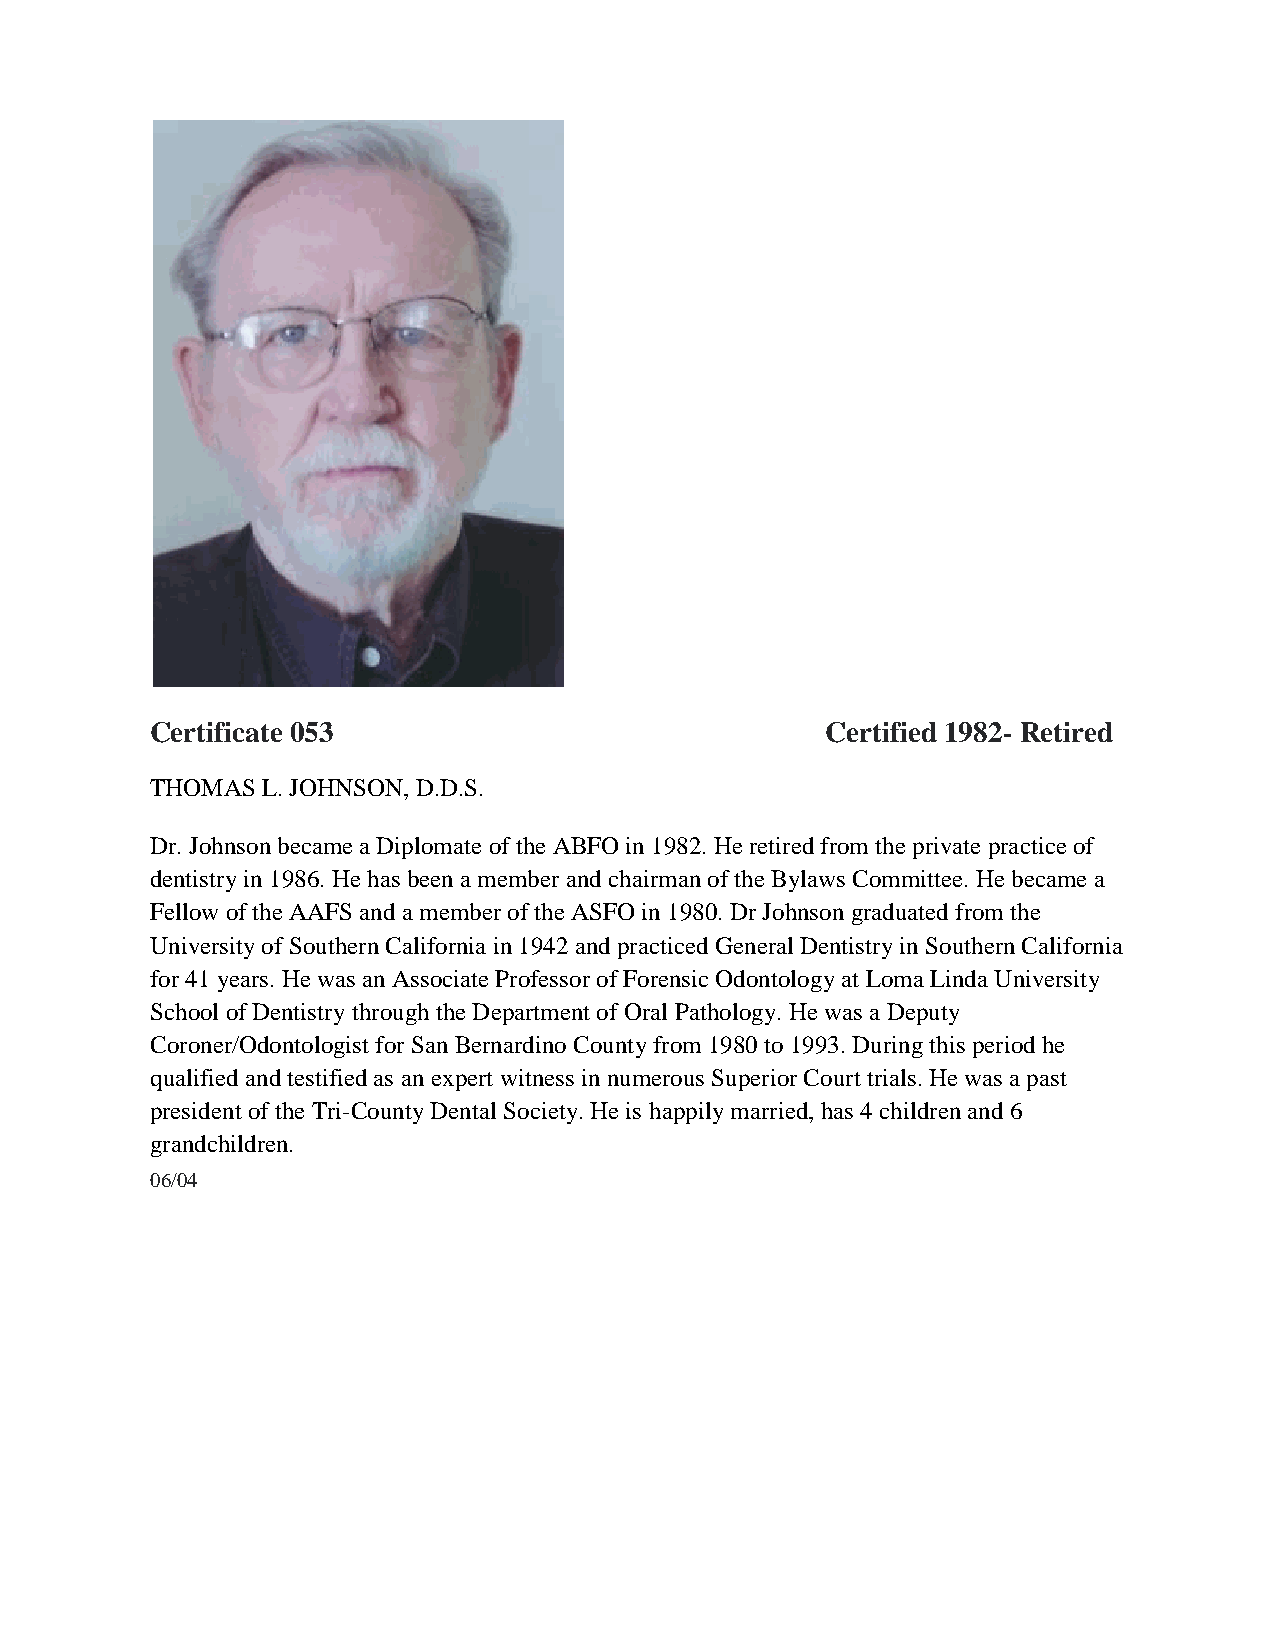
Certificate 053                              Certified 1982- Retired
 THOMAS L. JOHNSON, D.D.S.
 Dr. Johnson became a Diplomate of the ABFO in 1982. He retired from the private practice of
 dentistry in 1986. He has been a member and chairman of the Bylaws Committee. He became a
 Fellow of the AAFS and a member of the ASFO in 1980. Dr Johnson graduated from the
 University of Southern California in 1942 and practiced General Dentistry in Southern California
 for 41 years. He was an Associate Professor of Forensic Odontology at Loma Linda University
 School of Dentistry through the Department of Oral Pathology. He was a Deputy
 Coroner/Odontologist for San Bernardino County from 1980 to 1993. During this period he
 qualified and testified as an expert witness in numerous Superior Court trials. He was a past
 president of the Tri-County Dental Society. He is happily married, has 4 children and 6
 grandchildren.
 06/04